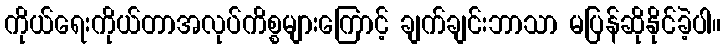
ကိုယ်ရေးကိုယ်တာအလုပ်ကိစ္စများကြောင့် ချက်ချင်းဘာသာ မပြန်ဆိုနိုင်ခဲ့ပါ။